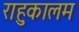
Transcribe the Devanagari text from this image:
राहुकालम